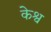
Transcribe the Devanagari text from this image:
केश्व